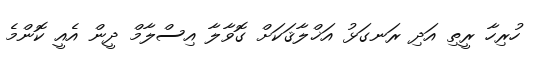
ހުރިހާ ރީތި އަދި ރަނގަޅު އަޚްލާޤަކަށް ގޮވާލާ އިސްލާމް ދީން އެއީ ކޮންމެ